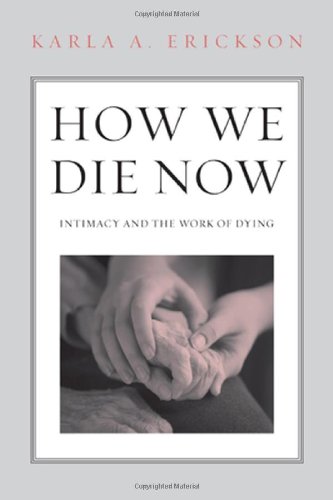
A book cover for How We Die Now: Intimacy and the Work of Dying; Karla Erickson; Self-Help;